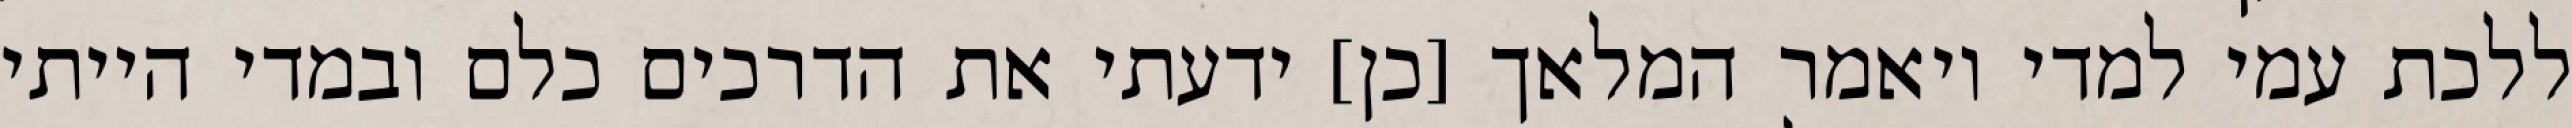
ללכת עמי למדי ויאמר המלאך [כן] ידעתי את הדרכים כלם ובמדי הייתי